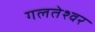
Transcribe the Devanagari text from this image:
गलतेश्वर